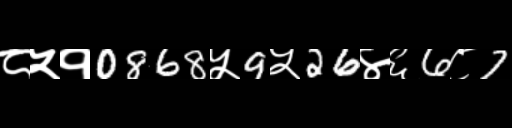
Text: ८५१0868५9५26४६6८7